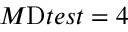
M _ { Ḋ } \mathrm { Ḋ } t e s t Ḍ Ḍ = 4